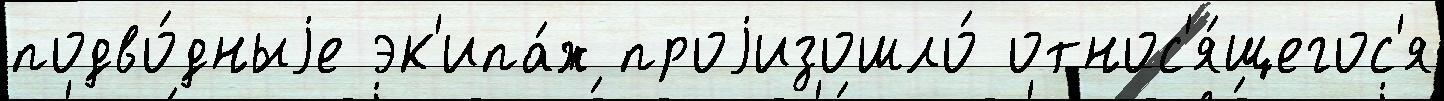
подво́дныjе эк'ипа́ж проjизошло́ относ'я́щегос'я